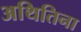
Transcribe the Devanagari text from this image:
अथितिना